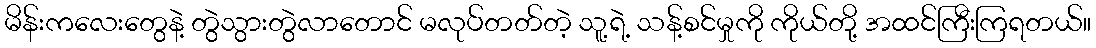
မိန်းကလေးတွေနဲ့ တွဲသွားတွဲလာတောင် မလုပ်တတ်တဲ့ သူ့ရဲ့ သန့်စင်မှုကို ကိုယ်တို့ အထင်ကြီးကြရတယ်။